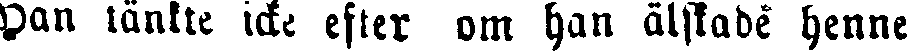
Han tänkte icke efter om han älskade henne